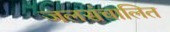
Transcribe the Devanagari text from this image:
जलसंचालित